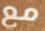
مع